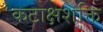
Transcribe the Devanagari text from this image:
कटाक्षशक्ति